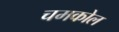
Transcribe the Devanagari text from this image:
चमकोल